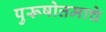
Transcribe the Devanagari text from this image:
पुरूषोत्तमाचे